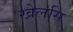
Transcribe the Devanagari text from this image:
खेलसि